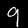
Label: 9